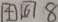
\boxed { 4 } \boxed { 6 } 8